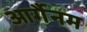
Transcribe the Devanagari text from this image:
आर्गैनम